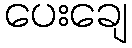
ပေးချေ